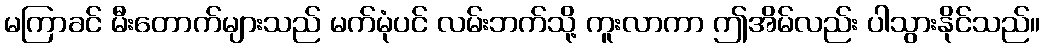
မကြာခင် မီးတောက်များသည် မက်မုံပင် လမ်းဘက်သို့ ကူးလာကာ ဤအိမ်လည်း ပါသွားနိုင်သည်။